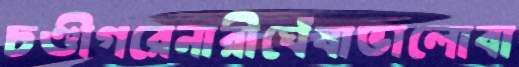
চণ্ডীগরেনারীঘেঁষাভালোবা